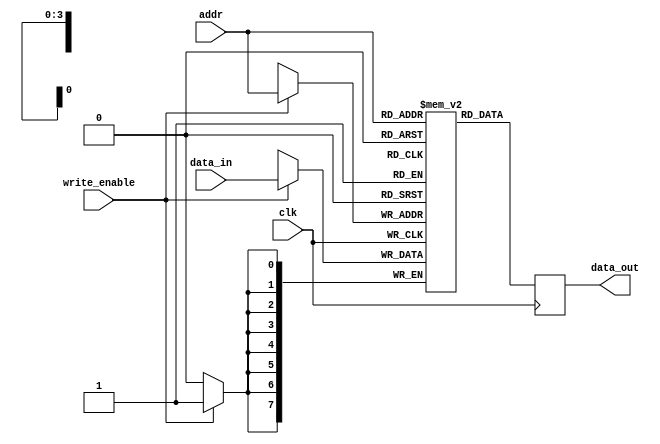
module single_port_register_file(
  input wire clk,
  input wire [ADDRESS_WIDTH-1:0] addr,
  input wire [DATA_WIDTH-1:0] data_in,
  input wire write_enable,
  output reg [DATA_WIDTH-1:0] data_out
);

parameter NUM_REGISTERS = 16;
parameter ADDRESS_WIDTH = 4;
parameter DATA_WIDTH = 8;

reg [DATA_WIDTH-1:0] registers [NUM_REGISTERS-1:0];

always @(posedge clk) begin
  if(write_enable) begin
    registers[addr] <= data_in;
  end
  data_out <= registers[addr];
end

endmodule